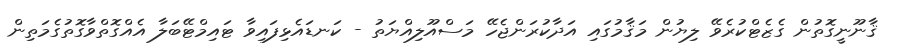
ޤާނޫނީގޮތުން ގެޒެޓްކުރެވޭ ލިޔުން މަޤާމުގައި އަދާކުރަންޖެހޭ މަސްއޫލިއްޔަތު - ކަނޑައެޅިފައިވާ ޓައިމްޓޭބަލާ އެއްގޮތްވާގޮތުގެމަތިން